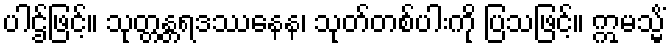
ပါဌ်ဖြင့်။ သုတ္တန္တရဒဿနေန၊ သုတ်တစ်ပါးကို ပြသဖြင့်။ ဣမသ္မိံ